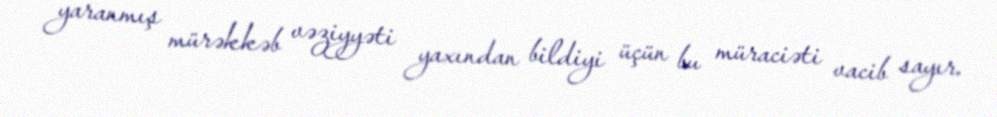
yaranmış mürəkkəb vəziyyəti yaxından bildiyi üçün bu müraciəti vacib sayır.